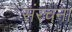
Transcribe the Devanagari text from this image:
संंरचना